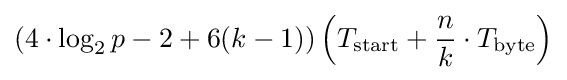
(4\cdot \log _{2}p-2+6(k-1))\left(T_{\mathrm {start} }+{\frac {n}{k}}\cdot T_{\mathrm {byte} }\right)